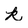
Character: k